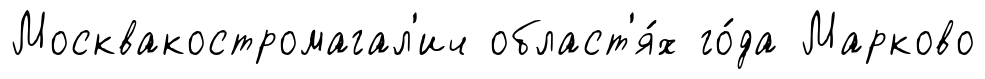
Москвакостромагал'ич област'я́х го́да Марково